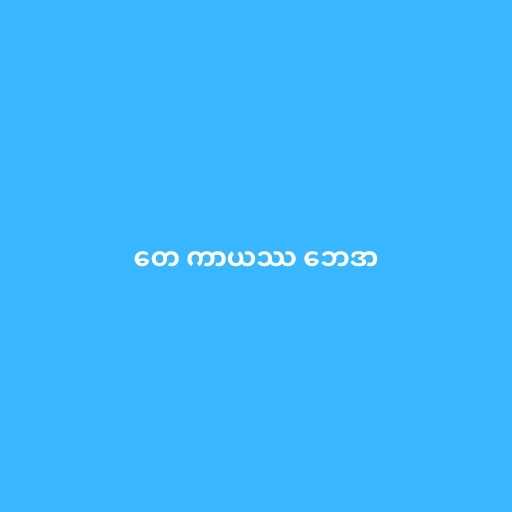
တေ ကာယဿ ဘေဒာ